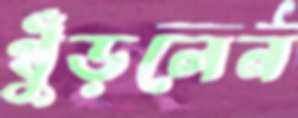
খুঁড়লেন